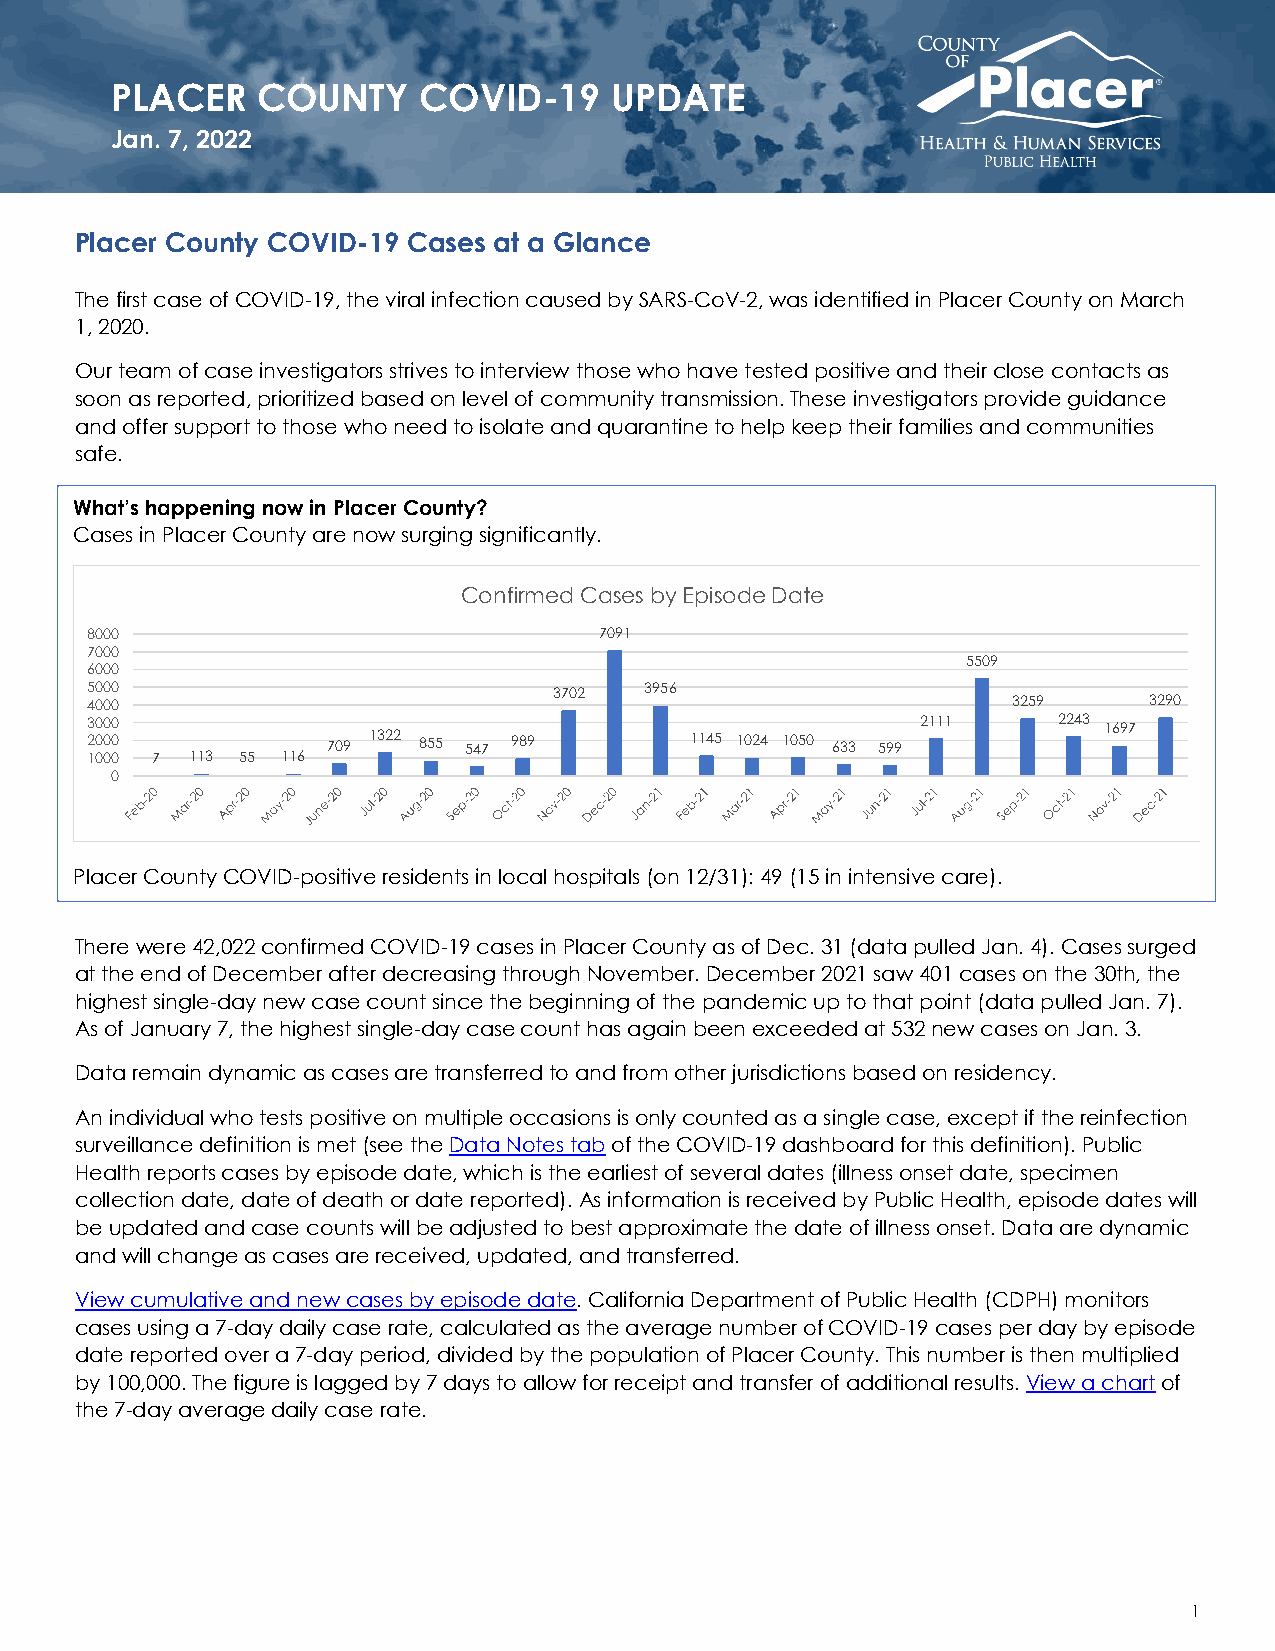
PLACER    COUNTY     COVID-19    UPDATE
 Jan. 7, 2022
 Placer County COVID-19 Cases at a Glance
 The first case of COVID-19, the viral infection caused by SARS-CoV-2, was identified in Placer County on March
 1, 2020.
 Our team of case investigators strives to interview those who have tested positive and their close contacts as
 soon as reported, prioritized based on level of community transmission. These investigators provide guidance
 and offer support to those who need to isolate and quarantine to help keep their families and communities
 safe.
 What’s happening now in Placer County?
 Cases in Placer County are now surging significantly.
 Confirmed Cases by Episode Date
 8000                              7091
 7000
 5509
 6000
 5000                           3702  3956
 4000                                                         3259     3290
 23 00 00 00
 709 1322 855 547 989    1145 1024 1050 633 599
 2111     2243 1697
 1000 7 113 55 116
 0
 P lacer County COVID-positive residents in local hospitals (on 12/31): 49 (15 in intensive care).
 There were 42,022 confirmed COVID-19 cases in Placer County as of Dec. 31 (data pulled Jan. 4). Cases surged
 at the end of December after decreasing through November. December 2021 saw 401 cases on the 30th, the
 highest single-day new case count since the beginning of the pandemic up to that point (data pulled Jan. 7).
 As of January 7, the highest single-day case count has again been exceeded at 532 new cases on Jan. 3.
 Data remain dynamic as cases are transferred to and from other jurisdictions based on residency.
 An individual who tests positive on multiple occasions is only counted as a single case, except if the reinfection
 surveillance definition is met (see the Data Notes tab of the COVID-19 dashboard for this definition). Public
 Health reports cases by episode date, which is the earliest of several dates (illness onset date, specimen
 collection date, date of death or date reported). As information is received by Public Health, episode dates will
 be updated and case counts will be adjusted to best approximate the date of illness onset. Data are dynamic
 and will change as cases are received, updated, and transferred.
 View cumulative and new cases by episode date. California Department of Public Health (CDPH) monitors
 cases using a 7-day daily case rate, calculated as the average number of COVID-19 cases per day by episode
 date reported over a 7-day period, divided by the population of Placer County. This number is then multiplied
 by 100,000. The figure is lagged by 7 days to allow for receipt and transfer of additional results. View a chart of
 the 7-day average daily case rate.
 1